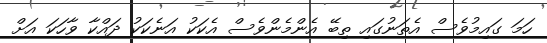
ހަމަ ގައިމުވެސް އެތަނުގައި ތިބޭ އެންމެންވެސް އެކަކު އަނެކަކު ދައްކާ ވާހަކަ އަށް